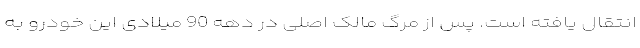
انتقال یافته است. پس از مرگ مالک اصلی در دهه 90 میلادی این خودرو به